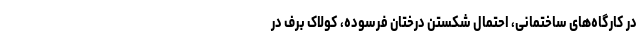
در کارگاه‌های ساختمانی، احتمال شکستن درختان فرسوده، کولاک برف در